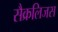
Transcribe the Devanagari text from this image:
सैक्रलिजस